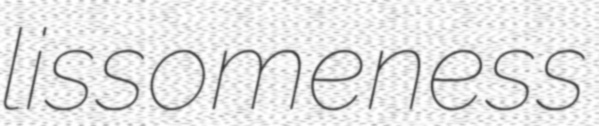
lissomeness